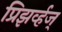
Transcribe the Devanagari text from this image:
प्रिझर्व्हज्